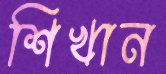
শিখান